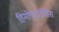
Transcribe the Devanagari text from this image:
हिमोपटाईसिस